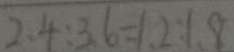
2 . 4 : 3 . 6 = 1 . 2 : 1 . 8